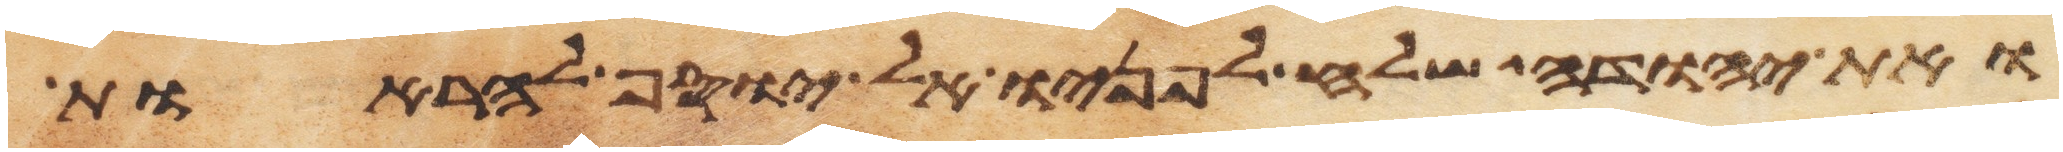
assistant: ואת יהודה שלח לפניו אל יוסף להראות